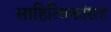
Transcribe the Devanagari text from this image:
साहित्यिकांसह